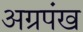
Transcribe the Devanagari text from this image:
अग्रपंख